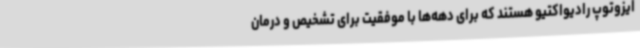
ایزوتوپ رادیواکتیو هستند که برای دهه‌ها با موفقیت برای تشخیص و درمان